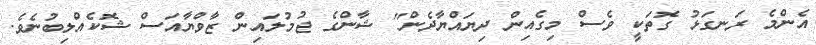
އެންމެ ރަނގަޅު ގޮތަކީ ވެސް މިގެއިން ދިޔައްޔާދެން" ޝާންގެ ޖުމުލައިން ޒާވްޔާއަސް ޝޮކެއްލިބުނެވެ.